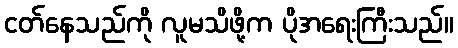
ငတ်နေသည်ကို လူမသိဖို့က ပိုအရေးကြီးသည်။